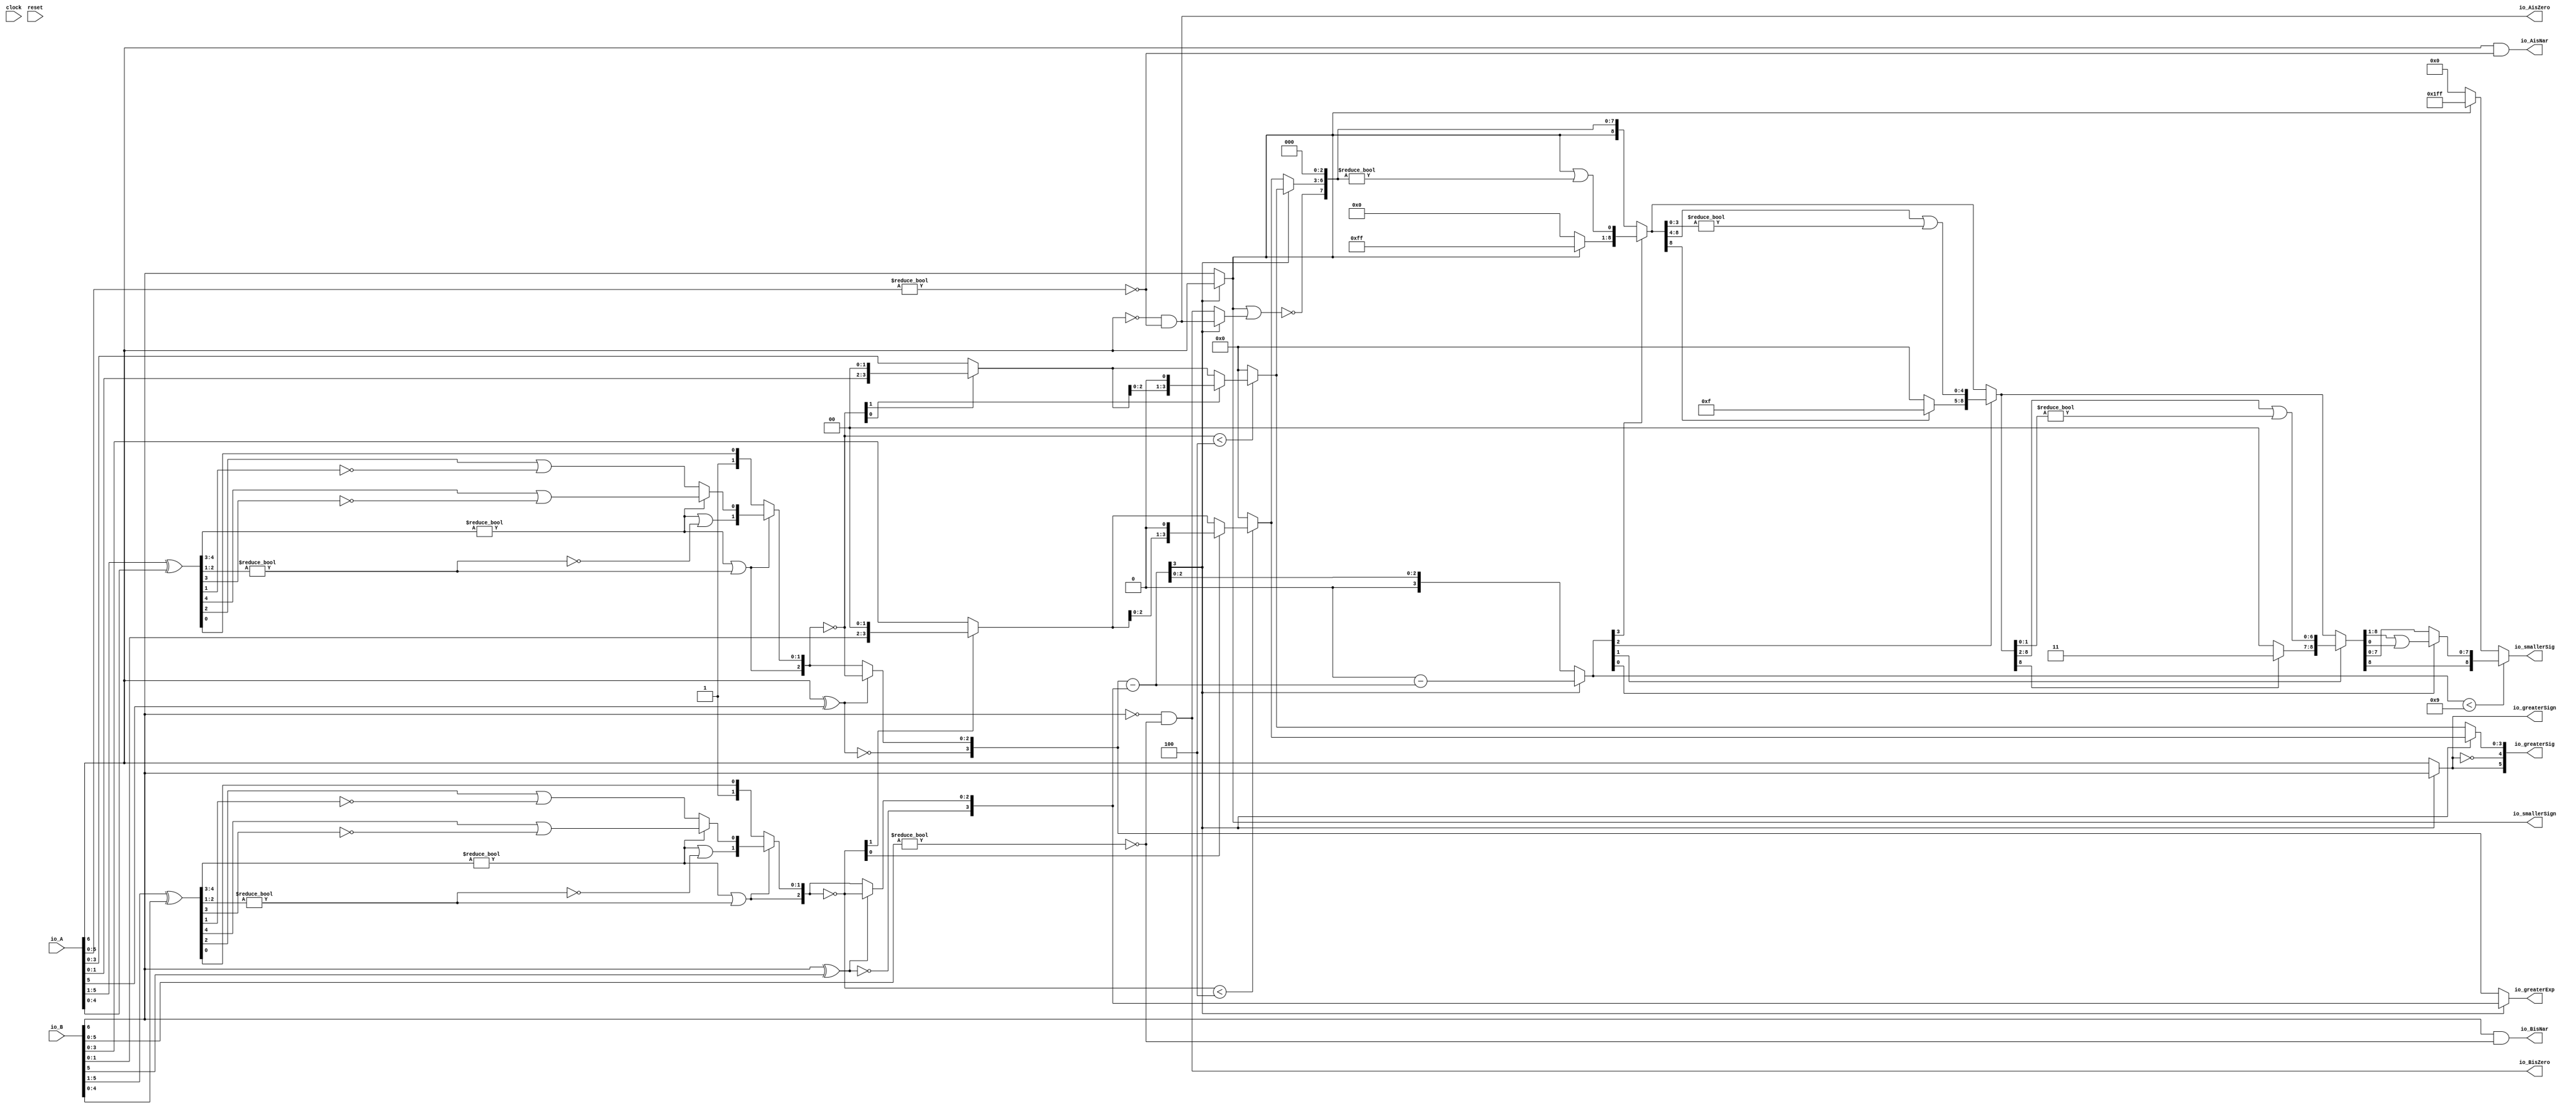
module Sig_op_approx7_0(
  input        clock,
  input        reset,
  input  [6:0] io_A,
  input  [6:0] io_B,
  output       io_greaterSign,
  output       io_smallerSign,
  output [3:0] io_greaterExp,
  output [5:0] io_greaterSig,
  output [8:0] io_smallerSig,
  output       io_AisNar,
  output       io_BisNar,
  output       io_AisZero,
  output       io_BisZero
);
  wire  _T_1; // @[convert.scala 18:24]
  wire  _T_2; // @[convert.scala 18:40]
  wire  _T_3; // @[convert.scala 18:36]
  wire [4:0] _T_4; // @[convert.scala 19:24]
  wire [4:0] _T_5; // @[convert.scala 19:43]
  wire [4:0] _T_6; // @[convert.scala 19:39]
  wire [3:0] _T_7; // @[LZD.scala 43:32]
  wire [1:0] _T_8; // @[LZD.scala 43:32]
  wire  _T_9; // @[LZD.scala 39:14]
  wire  _T_10; // @[LZD.scala 39:21]
  wire  _T_11; // @[LZD.scala 39:30]
  wire  _T_12; // @[LZD.scala 39:27]
  wire  _T_13; // @[LZD.scala 39:25]
  wire [1:0] _T_14; // @[Cat.scala 29:58]
  wire [1:0] _T_15; // @[LZD.scala 44:32]
  wire  _T_16; // @[LZD.scala 39:14]
  wire  _T_17; // @[LZD.scala 39:21]
  wire  _T_18; // @[LZD.scala 39:30]
  wire  _T_19; // @[LZD.scala 39:27]
  wire  _T_20; // @[LZD.scala 39:25]
  wire [1:0] _T_21; // @[Cat.scala 29:58]
  wire  _T_22; // @[Shift.scala 12:21]
  wire  _T_23; // @[Shift.scala 12:21]
  wire  _T_24; // @[LZD.scala 49:16]
  wire  _T_25; // @[LZD.scala 49:27]
  wire  _T_26; // @[LZD.scala 49:25]
  wire  _T_27; // @[LZD.scala 49:47]
  wire  _T_28; // @[LZD.scala 49:59]
  wire  _T_29; // @[LZD.scala 49:35]
  wire [2:0] _T_31; // @[Cat.scala 29:58]
  wire  _T_32; // @[LZD.scala 44:32]
  wire  _T_34; // @[Shift.scala 12:21]
  wire [1:0] _T_36; // @[Cat.scala 29:58]
  wire [1:0] _T_37; // @[LZD.scala 55:32]
  wire [1:0] _T_38; // @[LZD.scala 55:20]
  wire [2:0] _T_39; // @[Cat.scala 29:58]
  wire [2:0] _T_40; // @[convert.scala 21:22]
  wire [3:0] _T_41; // @[convert.scala 22:36]
  wire  _T_42; // @[Shift.scala 16:24]
  wire [1:0] _T_43; // @[Shift.scala 17:37]
  wire  _T_44; // @[Shift.scala 12:21]
  wire [1:0] _T_45; // @[Shift.scala 64:52]
  wire [3:0] _T_47; // @[Cat.scala 29:58]
  wire [3:0] _T_48; // @[Shift.scala 64:27]
  wire  _T_49; // @[Shift.scala 66:70]
  wire [2:0] _T_51; // @[Shift.scala 64:52]
  wire [3:0] _T_52; // @[Cat.scala 29:58]
  wire [3:0] _T_53; // @[Shift.scala 64:27]
  wire [3:0] decA_fraction; // @[Shift.scala 16:10]
  wire  _T_57; // @[convert.scala 25:26]
  wire [2:0] _T_59; // @[convert.scala 25:42]
  wire [3:0] _T_60; // @[Cat.scala 29:58]
  wire [5:0] _T_62; // @[convert.scala 29:56]
  wire  _T_63; // @[convert.scala 29:60]
  wire  _T_64; // @[convert.scala 29:41]
  wire  _T_67; // @[convert.scala 30:19]
  wire  decA_isZero; // @[convert.scala 30:41]
  wire [3:0] decA_scale; // @[convert.scala 32:24]
  wire  _T_76; // @[convert.scala 18:24]
  wire  _T_77; // @[convert.scala 18:40]
  wire  _T_78; // @[convert.scala 18:36]
  wire [4:0] _T_79; // @[convert.scala 19:24]
  wire [4:0] _T_80; // @[convert.scala 19:43]
  wire [4:0] _T_81; // @[convert.scala 19:39]
  wire [3:0] _T_82; // @[LZD.scala 43:32]
  wire [1:0] _T_83; // @[LZD.scala 43:32]
  wire  _T_84; // @[LZD.scala 39:14]
  wire  _T_85; // @[LZD.scala 39:21]
  wire  _T_86; // @[LZD.scala 39:30]
  wire  _T_87; // @[LZD.scala 39:27]
  wire  _T_88; // @[LZD.scala 39:25]
  wire [1:0] _T_89; // @[Cat.scala 29:58]
  wire [1:0] _T_90; // @[LZD.scala 44:32]
  wire  _T_91; // @[LZD.scala 39:14]
  wire  _T_92; // @[LZD.scala 39:21]
  wire  _T_93; // @[LZD.scala 39:30]
  wire  _T_94; // @[LZD.scala 39:27]
  wire  _T_95; // @[LZD.scala 39:25]
  wire [1:0] _T_96; // @[Cat.scala 29:58]
  wire  _T_97; // @[Shift.scala 12:21]
  wire  _T_98; // @[Shift.scala 12:21]
  wire  _T_99; // @[LZD.scala 49:16]
  wire  _T_100; // @[LZD.scala 49:27]
  wire  _T_101; // @[LZD.scala 49:25]
  wire  _T_102; // @[LZD.scala 49:47]
  wire  _T_103; // @[LZD.scala 49:59]
  wire  _T_104; // @[LZD.scala 49:35]
  wire [2:0] _T_106; // @[Cat.scala 29:58]
  wire  _T_107; // @[LZD.scala 44:32]
  wire  _T_109; // @[Shift.scala 12:21]
  wire [1:0] _T_111; // @[Cat.scala 29:58]
  wire [1:0] _T_112; // @[LZD.scala 55:32]
  wire [1:0] _T_113; // @[LZD.scala 55:20]
  wire [2:0] _T_114; // @[Cat.scala 29:58]
  wire [2:0] _T_115; // @[convert.scala 21:22]
  wire [3:0] _T_116; // @[convert.scala 22:36]
  wire  _T_117; // @[Shift.scala 16:24]
  wire [1:0] _T_118; // @[Shift.scala 17:37]
  wire  _T_119; // @[Shift.scala 12:21]
  wire [1:0] _T_120; // @[Shift.scala 64:52]
  wire [3:0] _T_122; // @[Cat.scala 29:58]
  wire [3:0] _T_123; // @[Shift.scala 64:27]
  wire  _T_124; // @[Shift.scala 66:70]
  wire [2:0] _T_126; // @[Shift.scala 64:52]
  wire [3:0] _T_127; // @[Cat.scala 29:58]
  wire [3:0] _T_128; // @[Shift.scala 64:27]
  wire [3:0] decB_fraction; // @[Shift.scala 16:10]
  wire  _T_132; // @[convert.scala 25:26]
  wire [2:0] _T_134; // @[convert.scala 25:42]
  wire [3:0] _T_135; // @[Cat.scala 29:58]
  wire [5:0] _T_137; // @[convert.scala 29:56]
  wire  _T_138; // @[convert.scala 29:60]
  wire  _T_139; // @[convert.scala 29:41]
  wire  _T_142; // @[convert.scala 30:19]
  wire  decB_isZero; // @[convert.scala 30:41]
  wire [3:0] decB_scale; // @[convert.scala 32:24]
  wire [3:0] _T_151; // @[Sig_op_approx.scala 37:30]
  wire [3:0] scale_diff; // @[Sig_op_approx.scala 37:30]
  wire  _T_152; // @[Sig_op_approx.scala 38:37]
  wire  aGTb; // @[Sig_op_approx.scala 38:21]
  wire [3:0] greaterFrac; // @[Sig_op_approx.scala 43:24]
  wire [3:0] smallerFrac; // @[Sig_op_approx.scala 44:24]
  wire  smallerZero; // @[Sig_op_approx.scala 45:24]
  wire [3:0] _T_158; // @[Sig_op_approx.scala 46:35]
  wire [3:0] _T_159; // @[Sig_op_approx.scala 46:35]
  wire [3:0] sdiff; // @[Sig_op_approx.scala 46:18]
  wire  _T_160; // @[Sig_op_approx.scala 51:53]
  wire  _T_161; // @[Sig_op_approx.scala 51:36]
  wire [8:0] _T_164; // @[Cat.scala 29:58]
  wire [3:0] _T_165; // @[Sig_op_approx.scala 51:119]
  wire  _T_166; // @[Shift.scala 39:24]
  wire  _T_168; // @[Shift.scala 90:30]
  wire [7:0] _T_169; // @[Shift.scala 90:48]
  wire  _T_170; // @[Shift.scala 90:57]
  wire  _T_171; // @[Shift.scala 90:39]
  wire  _T_172; // @[Shift.scala 12:21]
  wire  _T_173; // @[Shift.scala 12:21]
  wire [7:0] _T_175; // @[Bitwise.scala 71:12]
  wire [8:0] _T_176; // @[Cat.scala 29:58]
  wire [8:0] _T_177; // @[Shift.scala 91:22]
  wire [2:0] _T_178; // @[Shift.scala 92:77]
  wire [4:0] _T_179; // @[Shift.scala 90:30]
  wire [3:0] _T_180; // @[Shift.scala 90:48]
  wire  _T_181; // @[Shift.scala 90:57]
  wire [4:0] _GEN_0; // @[Shift.scala 90:39]
  wire [4:0] _T_182; // @[Shift.scala 90:39]
  wire  _T_183; // @[Shift.scala 12:21]
  wire  _T_184; // @[Shift.scala 12:21]
  wire [3:0] _T_186; // @[Bitwise.scala 71:12]
  wire [8:0] _T_187; // @[Cat.scala 29:58]
  wire [8:0] _T_188; // @[Shift.scala 91:22]
  wire [1:0] _T_189; // @[Shift.scala 92:77]
  wire [6:0] _T_190; // @[Shift.scala 90:30]
  wire [1:0] _T_191; // @[Shift.scala 90:48]
  wire  _T_192; // @[Shift.scala 90:57]
  wire [6:0] _GEN_1; // @[Shift.scala 90:39]
  wire [6:0] _T_193; // @[Shift.scala 90:39]
  wire  _T_194; // @[Shift.scala 12:21]
  wire  _T_195; // @[Shift.scala 12:21]
  wire [1:0] _T_197; // @[Bitwise.scala 71:12]
  wire [8:0] _T_198; // @[Cat.scala 29:58]
  wire [8:0] _T_199; // @[Shift.scala 91:22]
  wire  _T_200; // @[Shift.scala 92:77]
  wire [7:0] _T_201; // @[Shift.scala 90:30]
  wire  _T_202; // @[Shift.scala 90:48]
  wire [7:0] _GEN_2; // @[Shift.scala 90:39]
  wire [7:0] _T_204; // @[Shift.scala 90:39]
  wire  _T_206; // @[Shift.scala 12:21]
  wire [8:0] _T_207; // @[Cat.scala 29:58]
  wire [8:0] _T_208; // @[Shift.scala 91:22]
  wire [8:0] _T_211; // @[Bitwise.scala 71:12]
  wire  _T_212; // @[Sig_op_approx.scala 57:40]
  wire [1:0] _T_213; // @[Cat.scala 29:58]
  assign _T_1 = io_A[6]; // @[convert.scala 18:24]
  assign _T_2 = io_A[5]; // @[convert.scala 18:40]
  assign _T_3 = _T_1 ^ _T_2; // @[convert.scala 18:36]
  assign _T_4 = io_A[5:1]; // @[convert.scala 19:24]
  assign _T_5 = io_A[4:0]; // @[convert.scala 19:43]
  assign _T_6 = _T_4 ^ _T_5; // @[convert.scala 19:39]
  assign _T_7 = _T_6[4:1]; // @[LZD.scala 43:32]
  assign _T_8 = _T_7[3:2]; // @[LZD.scala 43:32]
  assign _T_9 = _T_8 != 2'h0; // @[LZD.scala 39:14]
  assign _T_10 = _T_8[1]; // @[LZD.scala 39:21]
  assign _T_11 = _T_8[0]; // @[LZD.scala 39:30]
  assign _T_12 = ~ _T_11; // @[LZD.scala 39:27]
  assign _T_13 = _T_10 | _T_12; // @[LZD.scala 39:25]
  assign _T_14 = {_T_9,_T_13}; // @[Cat.scala 29:58]
  assign _T_15 = _T_7[1:0]; // @[LZD.scala 44:32]
  assign _T_16 = _T_15 != 2'h0; // @[LZD.scala 39:14]
  assign _T_17 = _T_15[1]; // @[LZD.scala 39:21]
  assign _T_18 = _T_15[0]; // @[LZD.scala 39:30]
  assign _T_19 = ~ _T_18; // @[LZD.scala 39:27]
  assign _T_20 = _T_17 | _T_19; // @[LZD.scala 39:25]
  assign _T_21 = {_T_16,_T_20}; // @[Cat.scala 29:58]
  assign _T_22 = _T_14[1]; // @[Shift.scala 12:21]
  assign _T_23 = _T_21[1]; // @[Shift.scala 12:21]
  assign _T_24 = _T_22 | _T_23; // @[LZD.scala 49:16]
  assign _T_25 = ~ _T_23; // @[LZD.scala 49:27]
  assign _T_26 = _T_22 | _T_25; // @[LZD.scala 49:25]
  assign _T_27 = _T_14[0:0]; // @[LZD.scala 49:47]
  assign _T_28 = _T_21[0:0]; // @[LZD.scala 49:59]
  assign _T_29 = _T_22 ? _T_27 : _T_28; // @[LZD.scala 49:35]
  assign _T_31 = {_T_24,_T_26,_T_29}; // @[Cat.scala 29:58]
  assign _T_32 = _T_6[0:0]; // @[LZD.scala 44:32]
  assign _T_34 = _T_31[2]; // @[Shift.scala 12:21]
  assign _T_36 = {1'h1,_T_32}; // @[Cat.scala 29:58]
  assign _T_37 = _T_31[1:0]; // @[LZD.scala 55:32]
  assign _T_38 = _T_34 ? _T_37 : _T_36; // @[LZD.scala 55:20]
  assign _T_39 = {_T_34,_T_38}; // @[Cat.scala 29:58]
  assign _T_40 = ~ _T_39; // @[convert.scala 21:22]
  assign _T_41 = io_A[3:0]; // @[convert.scala 22:36]
  assign _T_42 = _T_40 < 3'h4; // @[Shift.scala 16:24]
  assign _T_43 = _T_40[1:0]; // @[Shift.scala 17:37]
  assign _T_44 = _T_43[1]; // @[Shift.scala 12:21]
  assign _T_45 = _T_41[1:0]; // @[Shift.scala 64:52]
  assign _T_47 = {_T_45,2'h0}; // @[Cat.scala 29:58]
  assign _T_48 = _T_44 ? _T_47 : _T_41; // @[Shift.scala 64:27]
  assign _T_49 = _T_43[0:0]; // @[Shift.scala 66:70]
  assign _T_51 = _T_48[2:0]; // @[Shift.scala 64:52]
  assign _T_52 = {_T_51,1'h0}; // @[Cat.scala 29:58]
  assign _T_53 = _T_49 ? _T_52 : _T_48; // @[Shift.scala 64:27]
  assign decA_fraction = _T_42 ? _T_53 : 4'h0; // @[Shift.scala 16:10]
  assign _T_57 = _T_3 == 1'h0; // @[convert.scala 25:26]
  assign _T_59 = _T_3 ? _T_40 : _T_39; // @[convert.scala 25:42]
  assign _T_60 = {_T_57,_T_59}; // @[Cat.scala 29:58]
  assign _T_62 = io_A[5:0]; // @[convert.scala 29:56]
  assign _T_63 = _T_62 != 6'h0; // @[convert.scala 29:60]
  assign _T_64 = ~ _T_63; // @[convert.scala 29:41]
  assign _T_67 = _T_1 == 1'h0; // @[convert.scala 30:19]
  assign decA_isZero = _T_67 & _T_64; // @[convert.scala 30:41]
  assign decA_scale = $signed(_T_60); // @[convert.scala 32:24]
  assign _T_76 = io_B[6]; // @[convert.scala 18:24]
  assign _T_77 = io_B[5]; // @[convert.scala 18:40]
  assign _T_78 = _T_76 ^ _T_77; // @[convert.scala 18:36]
  assign _T_79 = io_B[5:1]; // @[convert.scala 19:24]
  assign _T_80 = io_B[4:0]; // @[convert.scala 19:43]
  assign _T_81 = _T_79 ^ _T_80; // @[convert.scala 19:39]
  assign _T_82 = _T_81[4:1]; // @[LZD.scala 43:32]
  assign _T_83 = _T_82[3:2]; // @[LZD.scala 43:32]
  assign _T_84 = _T_83 != 2'h0; // @[LZD.scala 39:14]
  assign _T_85 = _T_83[1]; // @[LZD.scala 39:21]
  assign _T_86 = _T_83[0]; // @[LZD.scala 39:30]
  assign _T_87 = ~ _T_86; // @[LZD.scala 39:27]
  assign _T_88 = _T_85 | _T_87; // @[LZD.scala 39:25]
  assign _T_89 = {_T_84,_T_88}; // @[Cat.scala 29:58]
  assign _T_90 = _T_82[1:0]; // @[LZD.scala 44:32]
  assign _T_91 = _T_90 != 2'h0; // @[LZD.scala 39:14]
  assign _T_92 = _T_90[1]; // @[LZD.scala 39:21]
  assign _T_93 = _T_90[0]; // @[LZD.scala 39:30]
  assign _T_94 = ~ _T_93; // @[LZD.scala 39:27]
  assign _T_95 = _T_92 | _T_94; // @[LZD.scala 39:25]
  assign _T_96 = {_T_91,_T_95}; // @[Cat.scala 29:58]
  assign _T_97 = _T_89[1]; // @[Shift.scala 12:21]
  assign _T_98 = _T_96[1]; // @[Shift.scala 12:21]
  assign _T_99 = _T_97 | _T_98; // @[LZD.scala 49:16]
  assign _T_100 = ~ _T_98; // @[LZD.scala 49:27]
  assign _T_101 = _T_97 | _T_100; // @[LZD.scala 49:25]
  assign _T_102 = _T_89[0:0]; // @[LZD.scala 49:47]
  assign _T_103 = _T_96[0:0]; // @[LZD.scala 49:59]
  assign _T_104 = _T_97 ? _T_102 : _T_103; // @[LZD.scala 49:35]
  assign _T_106 = {_T_99,_T_101,_T_104}; // @[Cat.scala 29:58]
  assign _T_107 = _T_81[0:0]; // @[LZD.scala 44:32]
  assign _T_109 = _T_106[2]; // @[Shift.scala 12:21]
  assign _T_111 = {1'h1,_T_107}; // @[Cat.scala 29:58]
  assign _T_112 = _T_106[1:0]; // @[LZD.scala 55:32]
  assign _T_113 = _T_109 ? _T_112 : _T_111; // @[LZD.scala 55:20]
  assign _T_114 = {_T_109,_T_113}; // @[Cat.scala 29:58]
  assign _T_115 = ~ _T_114; // @[convert.scala 21:22]
  assign _T_116 = io_B[3:0]; // @[convert.scala 22:36]
  assign _T_117 = _T_115 < 3'h4; // @[Shift.scala 16:24]
  assign _T_118 = _T_115[1:0]; // @[Shift.scala 17:37]
  assign _T_119 = _T_118[1]; // @[Shift.scala 12:21]
  assign _T_120 = _T_116[1:0]; // @[Shift.scala 64:52]
  assign _T_122 = {_T_120,2'h0}; // @[Cat.scala 29:58]
  assign _T_123 = _T_119 ? _T_122 : _T_116; // @[Shift.scala 64:27]
  assign _T_124 = _T_118[0:0]; // @[Shift.scala 66:70]
  assign _T_126 = _T_123[2:0]; // @[Shift.scala 64:52]
  assign _T_127 = {_T_126,1'h0}; // @[Cat.scala 29:58]
  assign _T_128 = _T_124 ? _T_127 : _T_123; // @[Shift.scala 64:27]
  assign decB_fraction = _T_117 ? _T_128 : 4'h0; // @[Shift.scala 16:10]
  assign _T_132 = _T_78 == 1'h0; // @[convert.scala 25:26]
  assign _T_134 = _T_78 ? _T_115 : _T_114; // @[convert.scala 25:42]
  assign _T_135 = {_T_132,_T_134}; // @[Cat.scala 29:58]
  assign _T_137 = io_B[5:0]; // @[convert.scala 29:56]
  assign _T_138 = _T_137 != 6'h0; // @[convert.scala 29:60]
  assign _T_139 = ~ _T_138; // @[convert.scala 29:41]
  assign _T_142 = _T_76 == 1'h0; // @[convert.scala 30:19]
  assign decB_isZero = _T_142 & _T_139; // @[convert.scala 30:41]
  assign decB_scale = $signed(_T_135); // @[convert.scala 32:24]
  assign _T_151 = $signed(decA_scale) - $signed(decB_scale); // @[Sig_op_approx.scala 37:30]
  assign scale_diff = $signed(_T_151); // @[Sig_op_approx.scala 37:30]
  assign _T_152 = scale_diff[3:3]; // @[Sig_op_approx.scala 38:37]
  assign aGTb = ~ _T_152; // @[Sig_op_approx.scala 38:21]
  assign greaterFrac = aGTb ? decA_fraction : decB_fraction; // @[Sig_op_approx.scala 43:24]
  assign smallerFrac = aGTb ? decB_fraction : decA_fraction; // @[Sig_op_approx.scala 44:24]
  assign smallerZero = aGTb ? decB_isZero : decA_isZero; // @[Sig_op_approx.scala 45:24]
  assign _T_158 = $signed(4'sh0) - $signed(scale_diff); // @[Sig_op_approx.scala 46:35]
  assign _T_159 = $signed(_T_158); // @[Sig_op_approx.scala 46:35]
  assign sdiff = aGTb ? $signed(scale_diff) : $signed(_T_159); // @[Sig_op_approx.scala 46:18]
  assign _T_160 = io_smallerSign | smallerZero; // @[Sig_op_approx.scala 51:53]
  assign _T_161 = ~ _T_160; // @[Sig_op_approx.scala 51:36]
  assign _T_164 = {io_smallerSign,_T_161,smallerFrac,3'h0}; // @[Cat.scala 29:58]
  assign _T_165 = $unsigned(sdiff); // @[Sig_op_approx.scala 51:119]
  assign _T_166 = _T_165 < 4'h9; // @[Shift.scala 39:24]
  assign _T_168 = _T_164[8:8]; // @[Shift.scala 90:30]
  assign _T_169 = _T_164[7:0]; // @[Shift.scala 90:48]
  assign _T_170 = _T_169 != 8'h0; // @[Shift.scala 90:57]
  assign _T_171 = _T_168 | _T_170; // @[Shift.scala 90:39]
  assign _T_172 = _T_165[3]; // @[Shift.scala 12:21]
  assign _T_173 = _T_164[8]; // @[Shift.scala 12:21]
  assign _T_175 = _T_173 ? 8'hff : 8'h0; // @[Bitwise.scala 71:12]
  assign _T_176 = {_T_175,_T_171}; // @[Cat.scala 29:58]
  assign _T_177 = _T_172 ? _T_176 : _T_164; // @[Shift.scala 91:22]
  assign _T_178 = _T_165[2:0]; // @[Shift.scala 92:77]
  assign _T_179 = _T_177[8:4]; // @[Shift.scala 90:30]
  assign _T_180 = _T_177[3:0]; // @[Shift.scala 90:48]
  assign _T_181 = _T_180 != 4'h0; // @[Shift.scala 90:57]
  assign _GEN_0 = {{4'd0}, _T_181}; // @[Shift.scala 90:39]
  assign _T_182 = _T_179 | _GEN_0; // @[Shift.scala 90:39]
  assign _T_183 = _T_178[2]; // @[Shift.scala 12:21]
  assign _T_184 = _T_177[8]; // @[Shift.scala 12:21]
  assign _T_186 = _T_184 ? 4'hf : 4'h0; // @[Bitwise.scala 71:12]
  assign _T_187 = {_T_186,_T_182}; // @[Cat.scala 29:58]
  assign _T_188 = _T_183 ? _T_187 : _T_177; // @[Shift.scala 91:22]
  assign _T_189 = _T_178[1:0]; // @[Shift.scala 92:77]
  assign _T_190 = _T_188[8:2]; // @[Shift.scala 90:30]
  assign _T_191 = _T_188[1:0]; // @[Shift.scala 90:48]
  assign _T_192 = _T_191 != 2'h0; // @[Shift.scala 90:57]
  assign _GEN_1 = {{6'd0}, _T_192}; // @[Shift.scala 90:39]
  assign _T_193 = _T_190 | _GEN_1; // @[Shift.scala 90:39]
  assign _T_194 = _T_189[1]; // @[Shift.scala 12:21]
  assign _T_195 = _T_188[8]; // @[Shift.scala 12:21]
  assign _T_197 = _T_195 ? 2'h3 : 2'h0; // @[Bitwise.scala 71:12]
  assign _T_198 = {_T_197,_T_193}; // @[Cat.scala 29:58]
  assign _T_199 = _T_194 ? _T_198 : _T_188; // @[Shift.scala 91:22]
  assign _T_200 = _T_189[0:0]; // @[Shift.scala 92:77]
  assign _T_201 = _T_199[8:1]; // @[Shift.scala 90:30]
  assign _T_202 = _T_199[0:0]; // @[Shift.scala 90:48]
  assign _GEN_2 = {{7'd0}, _T_202}; // @[Shift.scala 90:39]
  assign _T_204 = _T_201 | _GEN_2; // @[Shift.scala 90:39]
  assign _T_206 = _T_199[8]; // @[Shift.scala 12:21]
  assign _T_207 = {_T_206,_T_204}; // @[Cat.scala 29:58]
  assign _T_208 = _T_200 ? _T_207 : _T_199; // @[Shift.scala 91:22]
  assign _T_211 = _T_173 ? 9'h1ff : 9'h0; // @[Bitwise.scala 71:12]
  assign _T_212 = ~ io_greaterSign; // @[Sig_op_approx.scala 57:40]
  assign _T_213 = {io_greaterSign,_T_212}; // @[Cat.scala 29:58]
  assign io_greaterSign = aGTb ? _T_1 : _T_76; // @[Sig_op_approx.scala 39:18]
  assign io_smallerSign = aGTb ? _T_76 : _T_1; // @[Sig_op_approx.scala 40:18]
  assign io_greaterExp = aGTb ? $signed(decA_scale) : $signed(decB_scale); // @[Sig_op_approx.scala 41:18]
  assign io_greaterSig = {_T_213,greaterFrac}; // @[Sig_op_approx.scala 57:17]
  assign io_smallerSig = _T_166 ? _T_208 : _T_211; // @[Sig_op_approx.scala 52:17]
  assign io_AisNar = _T_1 & _T_64; // @[Sig_op_approx.scala 47:13]
  assign io_BisNar = _T_76 & _T_139; // @[Sig_op_approx.scala 48:13]
  assign io_AisZero = _T_67 & _T_64; // @[Sig_op_approx.scala 49:14]
  assign io_BisZero = _T_142 & _T_139; // @[Sig_op_approx.scala 50:14]
endmodule